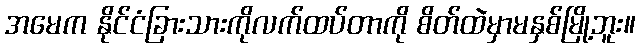
အမေက နိုင်ငံခြားသားကိုလက်ထပ်တာကို စိတ်ထဲမှာမနှစ်မြို့ဘူး။